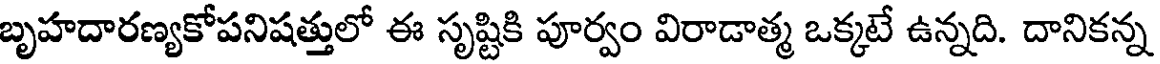
బృహదారణ్యకోపనిషత్తులో ఈ సృష్టికి పూర్వం విరాడాత్మ ఒక్కటే ఉన్నది. దానికన్న